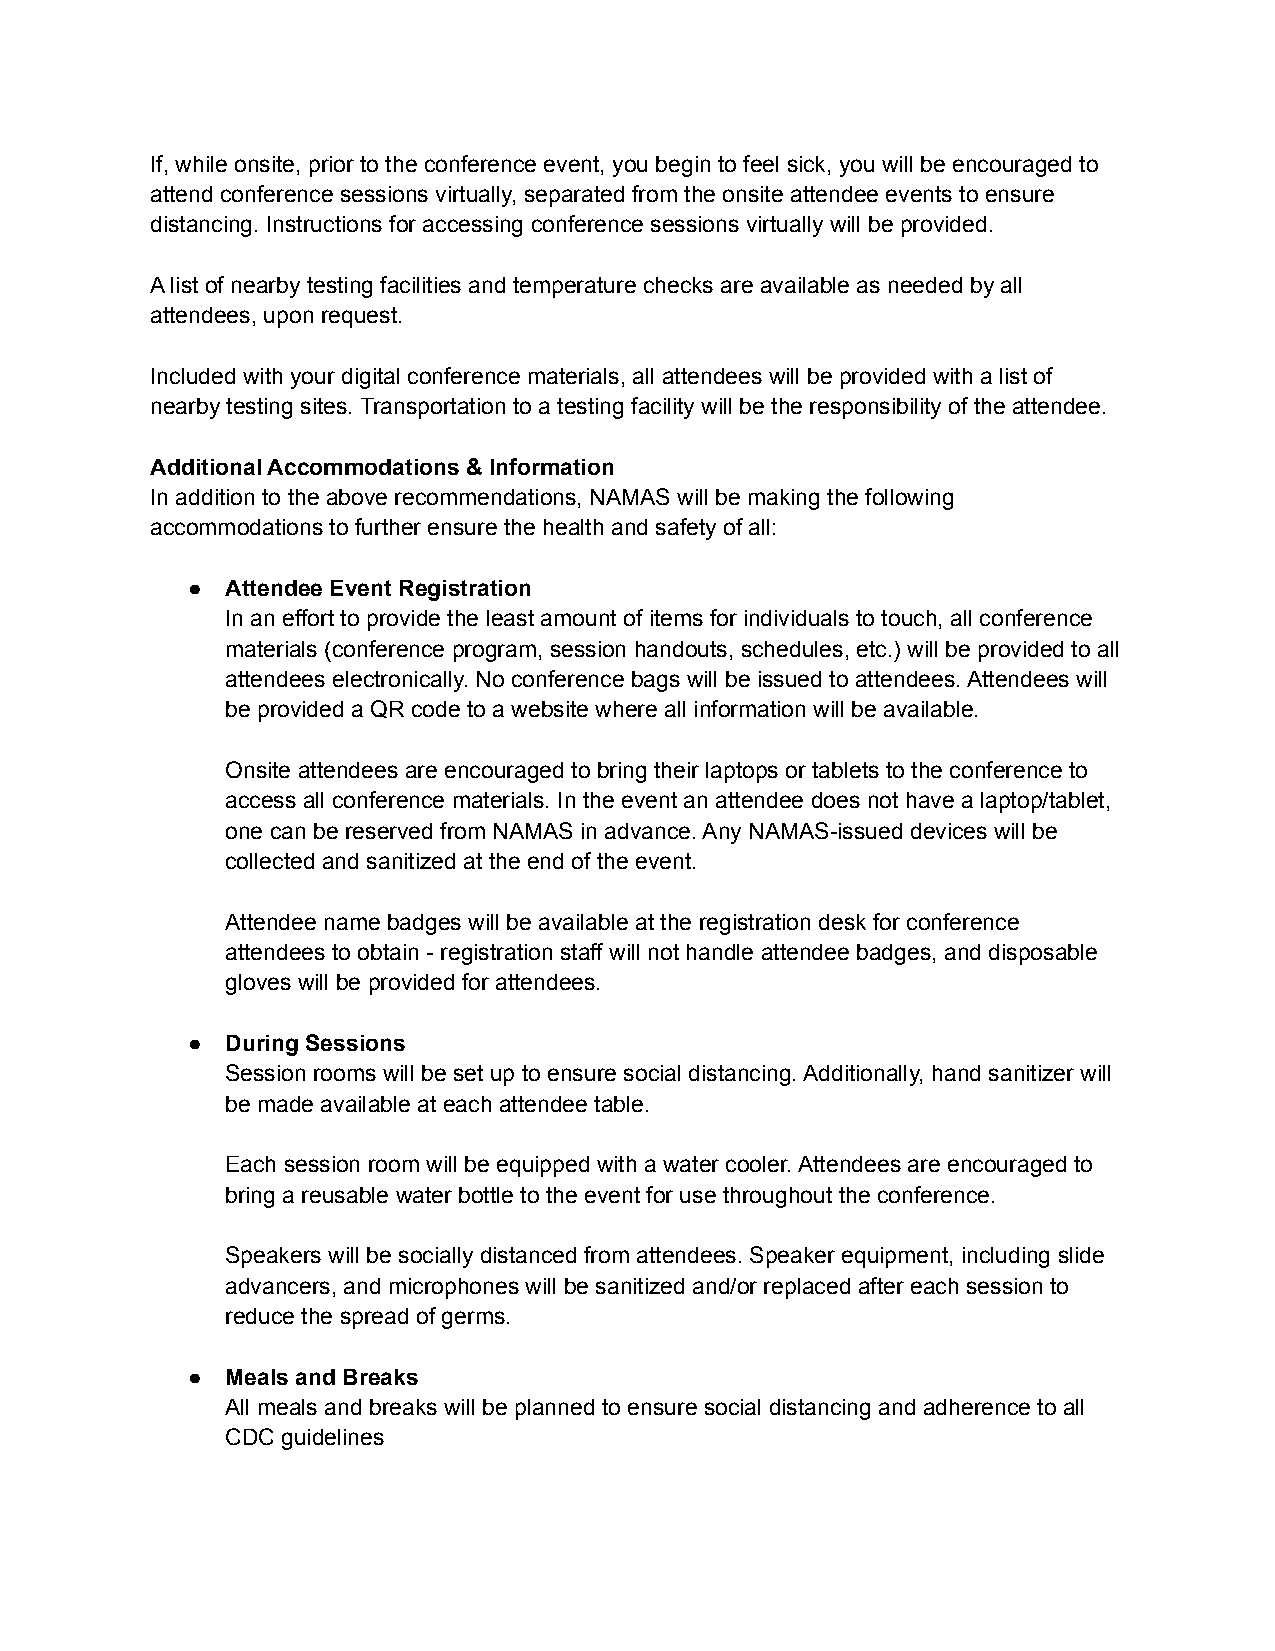
If, while onsite, prior to the conference event, you begin to feel sick, you will be encouraged to
 attend conference sessions virtually, separated from the onsite attendee events to ensure
 distancing. Instructions for accessing conference sessions virtually will be provided.
 A list of nearby testing facilities and temperature checks are available as needed by all
 attendees, upon request.
 Included with your digital conference materials, all attendees will be provided with a list of
 nearby testing sites. Transportation to a testing facility will be the responsibility of the attendee.
 Additional Accommodations & Information
 In addition to the above recommendations, NAMAS will be making the following
 accommodations to further ensure the health and safety of all:
 ●  Attendee Event Registration
 In an effort to provide the least amount of items for individuals to touch, all conference
 materials (conference program, session handouts, schedules, etc.) will be provided to all
 attendees electronically. No conference bags will be issued to attendees. Attendees will
 be provided a QR code to a website where all information will be available.
 Onsite attendees are encouraged to bring their laptops or tablets to the conference to
 access all conference materials. In the event an attendee does not have a laptop/tablet,
 one can be reserved from NAMAS in advance. Any NAMAS-issued devices will be
 collected and sanitized at the end of the event.
 Attendee name badges will be available at the registration desk for conference
 attendees to obtain - registration staff will not handle attendee badges, and disposable
 gloves will be provided for attendees.
 ●  During Sessions
 Session rooms will be set up to ensure social distancing. Additionally, hand sanitizer will
 be made available at each attendee table.
 Each session room will be equipped with a water cooler. Attendees are encouraged to
 bring a reusable water bottle to the event for use throughout the conference.
 Speakers will be socially distanced from attendees. Speaker equipment, including slide
 advancers, and microphones will be sanitized and/or replaced after each session to
 reduce the spread of germs.
 ●  Meals and Breaks
 All meals and breaks will be planned to ensure social distancing and adherence to all
 CDC guidelines